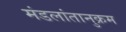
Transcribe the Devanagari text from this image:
मंडलांतानुक्रम